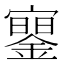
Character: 䥌